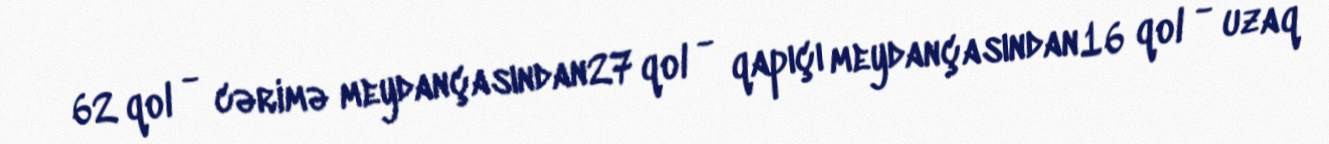
62 qol - cərimə meydançasından27 qol - qapıçı meydançasından16 qol - uzaq